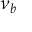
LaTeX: \nu _ { b } \,